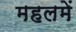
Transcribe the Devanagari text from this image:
महलमें